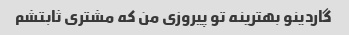
گاردینو بهترینه تو پیروزی من که مشتری ثابتشم